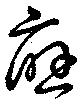
応